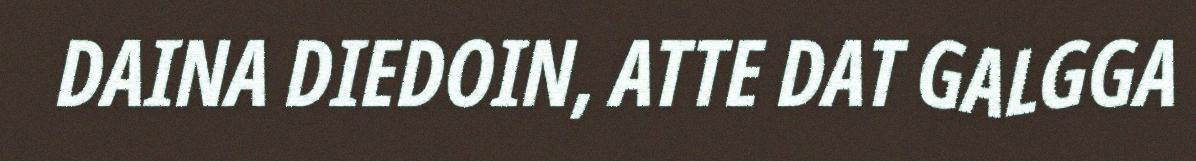
DAINA DIEDOIN, ATTE DAT GALGGA